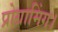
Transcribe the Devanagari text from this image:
प्रोग्रामिंग।